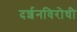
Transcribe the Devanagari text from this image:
दर्शनविरोधी